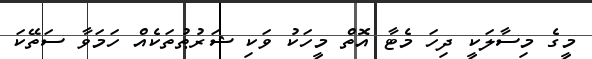
މީގެ މިސާލަކީ ދިހަ މެޓާ އޮތް މީހަކު ވަކި ޝަރުޠުތަކެއް ހަމަވާ ސަތޭކަ